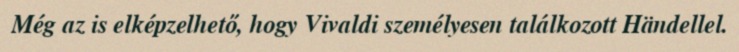
Még az is elképzelhető, hogy Vivaldi személyesen találkozott Händellel.